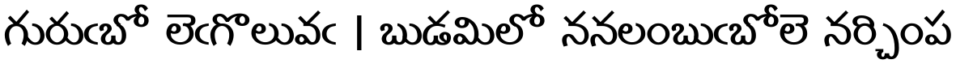
గురుఁబో లెఁగొలువఁ | బుడమిలో ననలంబుఁబోలె నర్చింప